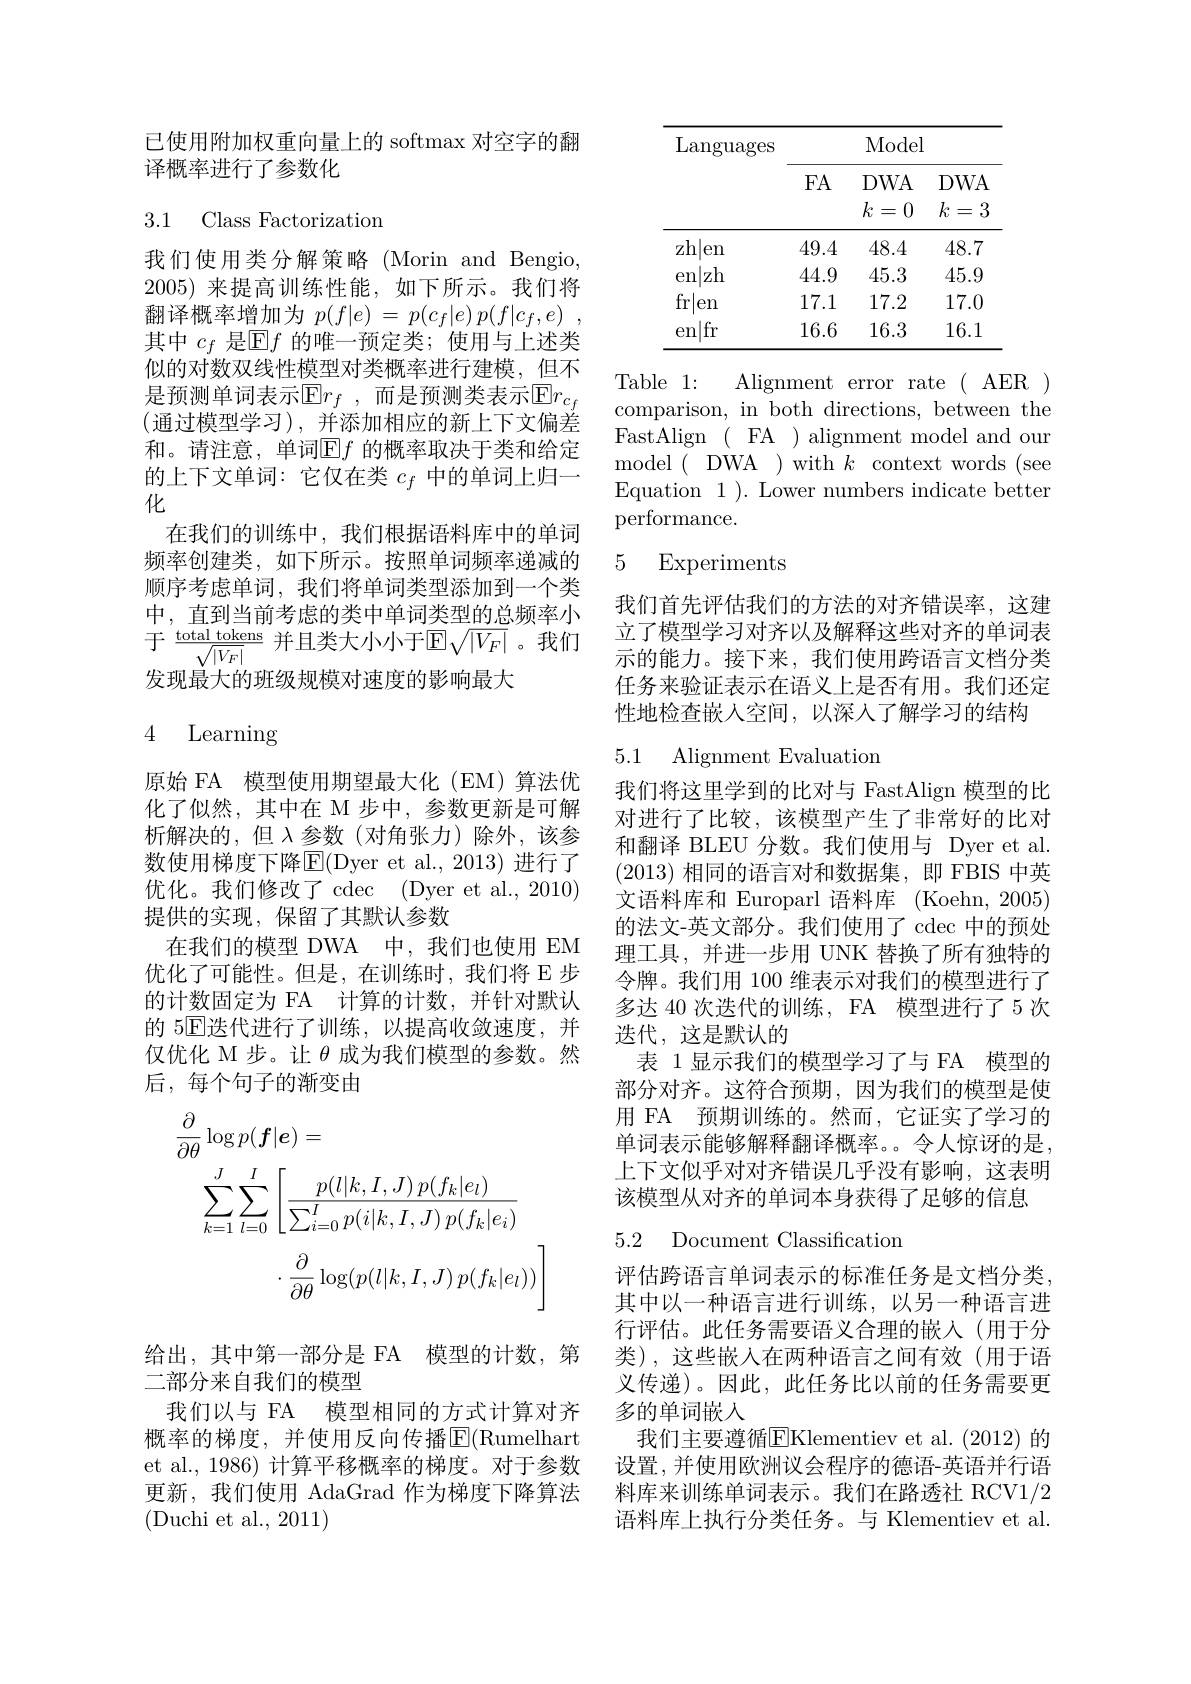
已使用附加权重向量上的 softmax 对空字的翻
译概率进行了参数化

3.1 Class Factorization

我们使用类分解策略(Morin and Bengio, 2005)来提高训练性能，如下所示。我们将翻译概率增加为$p( f| e) = p( c_f| e) p( f| c_f, e)$ , 其中$c_f$是$\mathbb{E}f$的唯一预定类；使用与上述类似的对数双线性模型对类概率进行建模，但不是预测单词表示$\operatorname{E}r_f$,而是预测类表示$\operatorname{E}r_c_f$ (通过模型学习),并添加相应的新上下文偏差和。请注意，单词$\operatorname{E}f$ 的概率取决于类和给定的上下文单词：它仅在类$c_f$中的单词上归一化
在我们的训练中，我们根据语料库中的单词频率创建类，如下所示。按照单词频率递减的顺序考虑单词，我们将单词类型添加到一个类中，直到当前考虑的类中单词类型的总频率小于 $\frac{\text{total tokens}}{\sqrt{|V_F|}}$ 并且类大小小于$\mathbb{E}\sqrt|V_F|$。我们发现最大的班级规模对速度的影响最大

## 4 Learning

原始 FA 模型使用期望最大化 (EM) 算法优化了似然，其中在 M 步中，参数更新是可解析解决的，但$\lambda$参数(对角张力)除外，该参数使用梯度下降E|(Dyer et al., 2013) 进行了优化。我们修改了 cdec (Dyer et al., 2010) 提供的实现，保留了其默认参数
在我们的模型 DWA 中，我们也使用 EM 优化了可能性。但是，在训练时，我们将 E 步的计数固定为 FA 计算的计数，并针对默认的 5$\mathbb{E}$迭代进行了训练，以提高收敛速度，并仅优化 M 步。让$\theta$成为我们模型的参数。然后，每个句子的渐变由
$$\begin{aligned}\frac{\partial}{\partial\theta}\log p(\boldsymbol{f}|\boldsymbol{e})&=\\\sum_{k=1}^{J}\sum_{l=0}^{I}\left[\frac{p(l|k,I,J)\:p(f_{k}|e_{l})}{\sum_{i=0}^{I}p(i|k,I,J)\:p(f_{k}|e_{i})}\\&\cdot\frac{\partial}{\partial\theta}\log(p(l|k,I,J)\:p(f_{k}|e_{l}))\right]\end{aligned}$$
给出，其中第一部分是 FA 模型的计数，第
二部分来自我们的模型
我们以与 FA 模型相同的方式计算对齐概率的梯度，并使用反向传播$\overline{\mathrm{E}}($Rumelhart et al., 1986) 计算平移概率的梯度。对于参数更新，我们使用 AdaGrad 作为梯度下降算法(Duchi et al., 2011)

<table>
	<tbody>
		<tr>
			<th rowspan="2">$\operatorname{Languages}$</th>
			<th> </th>
			<th>Model</th>
			<th> </th>
		</tr>
		<tr>
			<th>FA</th>
			<th>$DWA$</th>
			<th>$DWA$</th>
		</tr>
		<tr>
			<td>zh|en</td>
			<td> </td>
			<td>48.4</td>
			<td>48.</td>
		</tr>
		<tr>
			<td>|zh en</td>
			<td>44.9</td>
			<td>45.3</td>
			<td>45.9</td>
		</tr>
		<tr>
			<td>fr en</td>
			<td>17.1</td>
			<td>17.2</td>
			<td>17.0</td>
		</tr>
		<tr>
			<td>|fr en</td>
			<td>16.6</td>
			<td>16.3</td>
			<td>16.1</td>
		</tr>
	</tbody>
</table>

Table 1:
Alignment error rate ( AER )
comparison, in both directions, between the FastAlign ( FA ) alignment model and our model(DWA)with$k$contextwords(see Equation 1 ). Lower numbers indicate better performance.

### 5 Experiments

我们首先评估我们的方法的对齐错误率，这建立了模型学习对齐以及解释这些对齐的单词表示的能力。接下来，我们使用跨语言文档分类任务来验证表示在语义上是否有用。我们还定性地检查嵌人空间，以深入了解学习的结构

### 5.1 Alignment Evaluatiom

我们将这里学到的比对与 FastAlign 模型的比对进行了比较，该模型产生了非常好的比对和翻译 BLEU 分数。我们使用与 Dyer et al. (2013)相同的语言对和数据集，即 FBIS 中英文语料库和 Europarl 语料库 (Koehn,2005) 的法文-英文部分。我们使用了 cdec 中的预处理工具，并进一步用 UNK 替换了所有独特的令牌。我们用 100 维表示对我们的模型进行了多达 40 次迭代的训练 , FA 模型进行了 5 次迭代，这是默认的
表 1显示我们的模型学习了与 FA 模型的部分对齐。这符合预期，因为我们的模型是使用 FA 预期训练的。然而，它证实了学习的单词表示能够解释翻译概率。令人惊讶的是， 上下文似乎对对齐错误几乎没有影响，这表明该模型从对齐的单词本身获得了足够的信息

# 5.2 Document Classification

评估跨语言单词表示的标准任务是文档分类其中以一种语言进行训练，以另一种语言进行评估。此任务需要语义合理的嵌人(用于分类),这些嵌入在两种语言之间有效(用于语义传递)。因此，此任务比以前的任务需要更多的单词嵌人
我们主要遵循E$Klementiev et al. ( 2012) 的$ 设置，并使用欧洲议会程序的德语-英语并行语料库来训练单词表示。我们在路透社 RCV1/2语料库上执行分类任务。与 Klementiev et al.